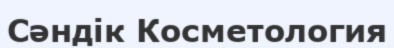
Сәндік Косметология